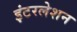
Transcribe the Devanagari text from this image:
इंटरलेशन